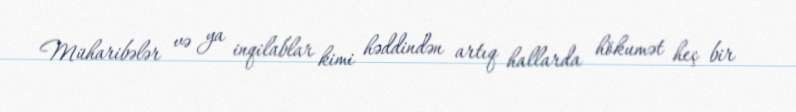
Müharibələr və ya inqilablar kimi həddindən artıq hallarda hökumət heç bir